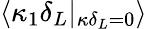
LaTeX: \langle\kappa_{1}\delta_{L}|_{\kappa\delta_{L}=0}\rangle